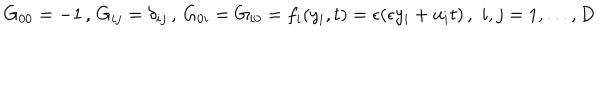
G _ { 0 0 } = - 1 \, , \, G _ { i j } = \delta _ { i j } \, , \, G _ { 0 i } = G _ { i 0 } = f _ { i } ( y _ { i } , t ) = \epsilon ( \epsilon y _ { i } + u _ { i } t ) \, , \, \, i , j = 1 , . . . , D